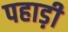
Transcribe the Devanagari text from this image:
पहाड़़ी